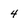
Character: 4